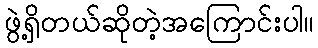
ဖွဲ့ရှိတယ်ဆိုတဲ့အကြောင်းပါ။